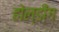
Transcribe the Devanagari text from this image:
होल्डींग